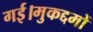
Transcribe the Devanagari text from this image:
गई।मुकद्दमों